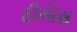
ટીએસ